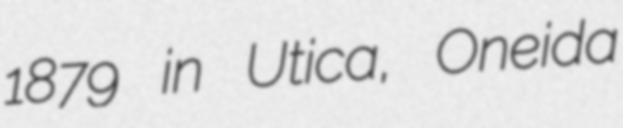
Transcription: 1879 in Utica, Oneida